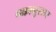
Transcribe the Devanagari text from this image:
चक्रानुसार